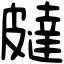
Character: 㿹